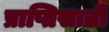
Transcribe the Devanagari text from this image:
प्राप्तिसाठी